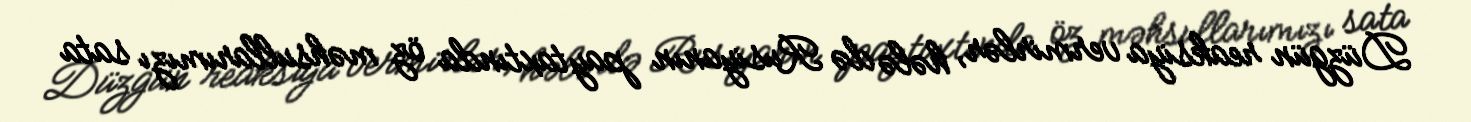
Düzgün reaksiya vermirlər, hələ də Rusiyanın paytaxtında öz məhsullarımızı sata